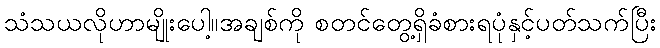
သံသယလိုဟာမျိုးပေါ့။အချစ်ကို စတင်တွေ့ရှိခံစားရပုံနှင့်ပတ်သက်ပြီး